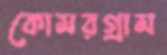
কোমরগ্রাম